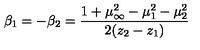
\beta _ { 1 } = - \beta _ { 2 } = \frac { 1 + \mu _ { \infty } ^ { 2 } - \mu _ { 1 } ^ { 2 } - \mu _ { 2 } ^ { 2 } } { 2 ( z _ { 2 } - z _ { 1 } ) }